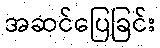
အဆင်ပြေခြင်း